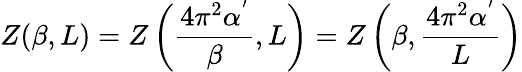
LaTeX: Z(\beta,L)=Z\left(\frac{4\pi^{2}\alpha^{'}}{\beta},L\right)=Z\left(\beta,\frac{4\pi^{2}\alpha^{'}}{L}\right)